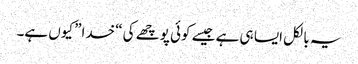
یہ بالکل ایسا ہی ہے جیسے کوئی پوچھے کی “خدا” کیوں ہے۔